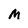
Character: M